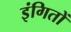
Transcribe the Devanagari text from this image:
इंगितों